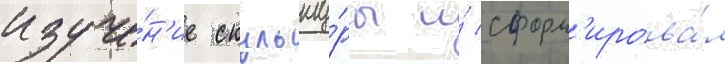
изуче́н'ие скульпту́ры и́ сформ'ирова́л